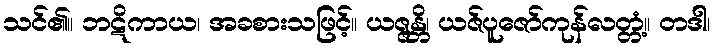
သင်၏။ ဘဋိကာယ၊ အခစားသဖြင့်။ ယဇ္ဇန္တိ၊ ယဇ်ပူဇော်ကုန်လတ္တံ့။ တဒါ၊